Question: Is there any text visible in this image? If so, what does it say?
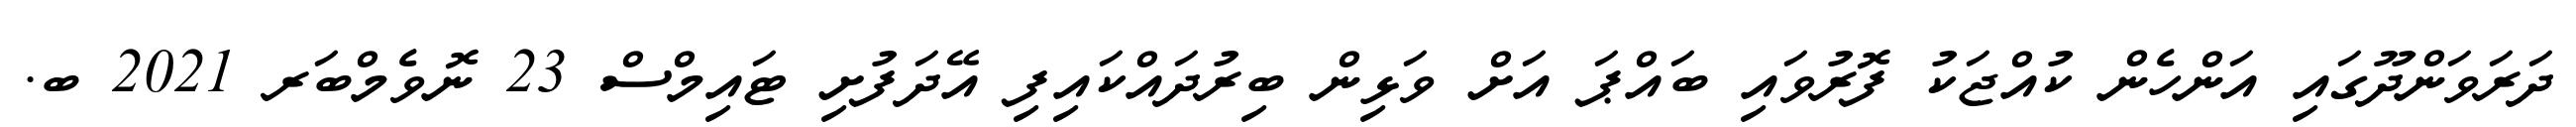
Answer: ދަރަވަންދޫގައި އަންހެން ކުއްޖަކު ފޮރުވައި ބައްޕަ އަށް ވަޅިން ބިރުދައްކައިފި އޭދަފުށި ޓައިމްސް 23 ނޮވެމްބަރ 2021 ބ.